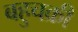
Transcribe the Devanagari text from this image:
बहुचक्री